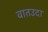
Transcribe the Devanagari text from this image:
वातउदा